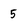
Character: 5